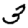
Digit: 3